Annual report on the working of the mental hospitals in the Madras Presidency - 1912-1932
Year: 1912
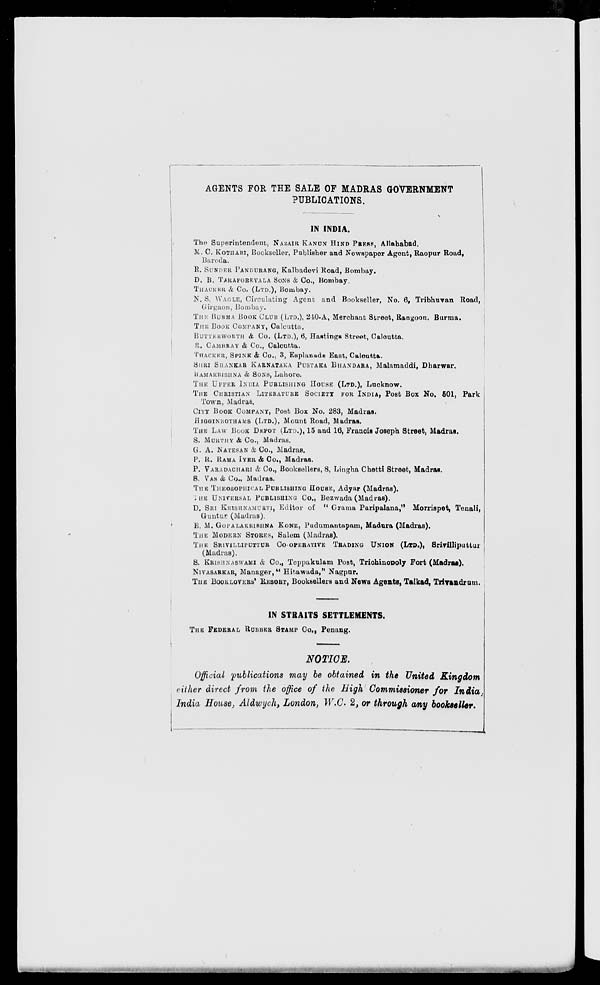
AGENTS FOR THE SALE OF MADRAS GOVERNMENT
PUBLICATIONS.
IN INDIA.
The Superintendent, NAZAIR KANUN HIND PRESS, Allahabad.
M. C. KOTHARI, Bookseller, Publisher and Newspaper Agent, Raopur Road,
Baroda.
R. SUNDER PANDURANG, Kalbadevi Road, Bombay.
D. B. TARAPOREVALA SONS & Co., Bombay.
THACKER & Co. (LTD.), Bombay.
N. S. WAGLE, Circulating Agent and Bookseller, No. 6, Tribhuvan Road,
Girgaon, Bombay.
THE BURMA BOOK CLUB (LTD.), 240-A, Merchant Street, Rangoon, Burma.
THE BOOK COMPANY, Calcutta.
BUTTERWORTH & Co. (LTD.), 6, Hastings Street, Calcutta.
R. CAMBRAY & Co., Calcutta.
THACKKR, SPINK & Co., 3, Esplanade East, Calcutta.
SHRI SHANKAR KARNATAKA PUSTAKA BHANDARA, Malamaddi, Dharwar.
RAMAKRISHNA & SONS, Lahore.
THE UPPER INDIA PUBLISHING HOUSE (LTD.), Lucknow.
THE CHRISTIAN LITERATURE SOCIETY FOR INDIA, Post Box No. 601, Park
Town, Madras.
CITY BOOK COMPANY, Post Box No. 283, Madras.
HIGGINBOTHAMS (LTD.), Mount Road, Madras.
THE LAW BOOK DEPOT (LTD.), 15 and 16, Francis Joseph Street, Madras.
S. MOUTHY & Co., Madras.
G. A. NATESON & CO., Madras.
P. R. RAMA IYER & Co., Madras.
P. VARADACHARI & Co., Booksellers, 8, Lingha Chetti Street, Madras.
S. VAS & Co., Madras.
THE THEOSOPHICAL PUBLISHING HOUSE, Adyar (Madras).
THE UNIVERSAL PUBLISHING Co., Bezwada (Madras).
D. SRI KRISHNAMURTI, Editor of " Grama Paripalana," Morrispet, Tenali,
Guntur (Madras).
E. M. GOPALAKRISHNA KONE, Pudumantapam, Madura (Madras).
THE MODERN STORES, Salem (Madras).
THE SRIVILLIPUTTUR CO-OPERATIVE TRADING UNION (LTD.), Srivilliputtur
(Madras).
S. KRISHNASWAMI & Co., Teppakulam Post, Trichinonoly Fort (Madras).
NIVASARKAR, Manager, " Hitawada," Nagpur.
THE BOOKLOVERS' RESORT, Booksellers and News Agents, Taikad, Triyandrum.
IN STRAITS SETTLEMENTS.
THE FEDERAL RUBBER STAMP Co., Penang.
NOTICE.
Official publications may be obtained in the United Kingdom
either direct from the office of the High Commissioner for India
India House, Aldwych, London, W.C. 2, or through any bookseller.